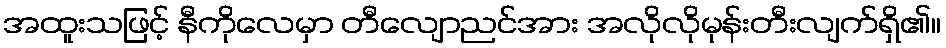
အထူးသဖြင့် နီကိုလေမှာ တီလျောညင်အား အလိုလိုမုန်းတီးလျက်ရှိ၏။